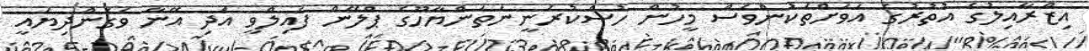
އިޒްރާއިލުގެ އުތުރުގެ އަވަށްތަކުންވެސް މީހުން ހުސްކުރަނީނަތަންޔާހޫގެ ޕްލޭން ފެއިލްވީ އަދި އޭނާ ވެގެންދިޔައީ